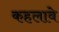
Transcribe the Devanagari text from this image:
कहलावे